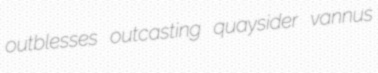
outblesses outcasting quaysider vannus